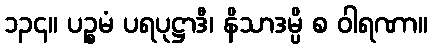
၁၃၄။ ပဉ္စမံ ပရပုဋ္ဌာဒီ၊ နိသာဒမ္ပိ စ ဝါရဏာ။